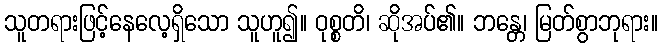
သူတရားဖြင့်နေလေ့ရှိသော သူဟူ၍။ ဝုစ္စတိ၊ ဆိုအပ်၏။ ဘန္တေ၊ မြတ်စွာဘုရား။